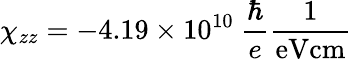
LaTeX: \chi_{zz}=-4.19\times 10^{10}~\frac{\hbar}{e}\frac{1}{\mathrm{eVcm}}